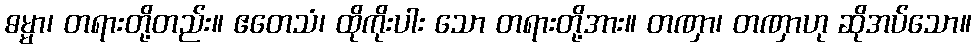
ဓမ္မာ၊ တရားတို့တည်း။ ဧတေသံ၊ ထိုကိုးပါး သော တရားတို့အား။ တဏှာ၊ တဏှာဟု ဆိုအပ်သော။